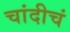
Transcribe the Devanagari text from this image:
चांदीचं